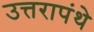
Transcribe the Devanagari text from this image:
उत्तरापंथे